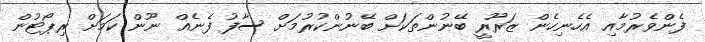
ފެންވެރުމާއި އެހެނިހެން ޒަރޫރީ ބޭނުންތަކަށް ބޭނުންކުރުމަށް ސާފު ފެނެއް ނޫން ކަމަށް ރިޕޯޓުން